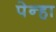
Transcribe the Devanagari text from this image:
पेन्हा